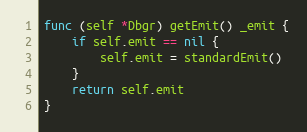
Language: Go
func (self *Dbgr) getEmit() _emit {
	if self.emit == nil {
		self.emit = standardEmit()
	}
	return self.emit
}